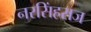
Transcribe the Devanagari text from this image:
नरसिंहराज